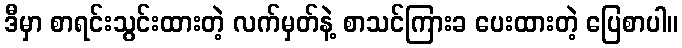
ဒီမှာ စာရင်းသွင်းထားတဲ့ လက်မှတ်နဲ့ စာသင်ကြားခ ပေးထားတဲ့ ပြေစာပါ။